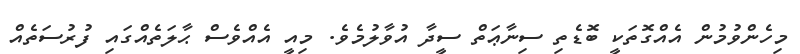
މިހެންވުމުން އެއްގޮތަކީ ބޮޑެތި ސިނާޢަތް ސީދާ އުވާލުމެވެ. މިއީ އެއްވެސް ޙާލަތެއްގައި ފުރުސަތެއް